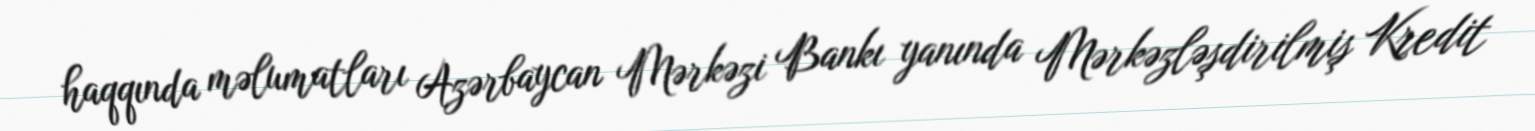
haqqında məlumatları Azərbaycan Mərkəzi Bankı yanında Mərkəzləşdirilmiş Kredit